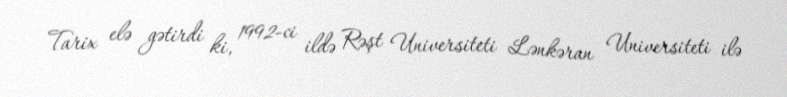
Tarix elə gətirdi ki, 1992-ci ildə Rəşt Universiteti Lənkəran Universiteti ilə